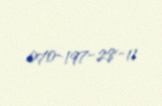
070-197-28-11